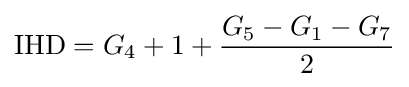
{\text{IHD}}=G_{4}+1+{\frac {G_{5}-G_{1}-G_{7}}{2}}